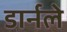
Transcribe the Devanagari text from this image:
डार्नले